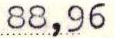
88,96